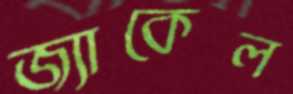
জ্যাকেল